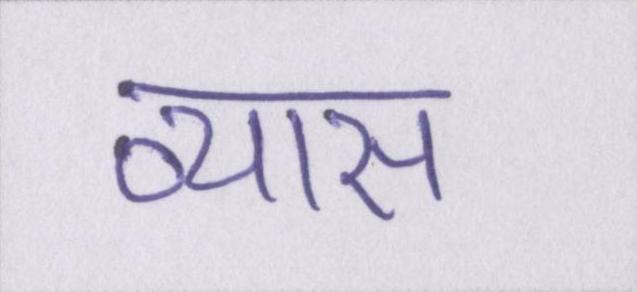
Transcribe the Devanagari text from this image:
व्यास